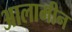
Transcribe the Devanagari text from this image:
आलामीन